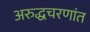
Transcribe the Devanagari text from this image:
अरुद्धचरणांत